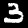
Label: 3